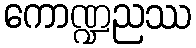
ကောဏ္ဍညဿ